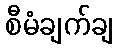
စီမံချက်ချ